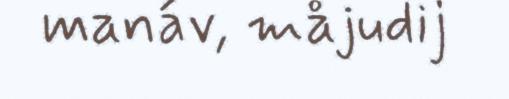
manáv, måjudij